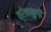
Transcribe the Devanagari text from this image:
त्रेतायुगी